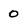
Character: 0